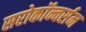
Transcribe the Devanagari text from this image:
सरोकॉन्वर्सन